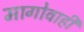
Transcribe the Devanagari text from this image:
मागोवाही